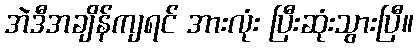
အဲဒီအချိန်ကျရင် အားလုံး ပြီးဆုံးသွားပြီ။